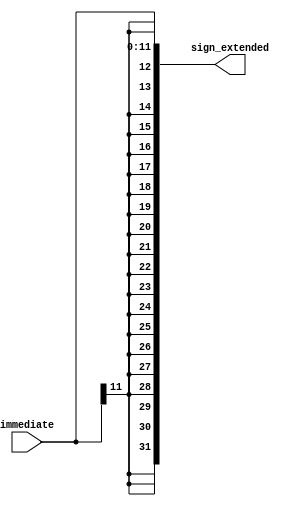
`timescale 1ns / 1ps
//////////////////////////////////////////////////////////////////////////////////
// Company: 
// Engineer: 
// 
// Design Name: 
// Module Name: sign_extension
// Project Name: 
// Target Devices: 
// Tool Versions: 
// Description: 
// 
// Dependencies: 
// 
// Revision:
// Revision 0.01 - File Created
// Additional Comments:
// 
//////////////////////////////////////////////////////////////////////////////////


module sign_extension(
input [11:0]immediate,
output  [31:0] sign_extended
    );
    assign sign_extended[31:12]={20{immediate[11]}};
   assign sign_extended[11:0]= {immediate[11:0]};
    
    
endmodule